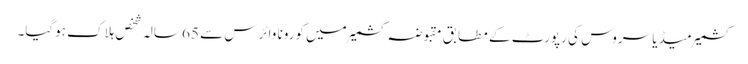
کشمیر میڈیا سروس کی رپورٹ کے مطابق مقبوضہ کشمیر میں کورونا وائرس سے 65 سالہ شخص ہلاک ہوگیا۔